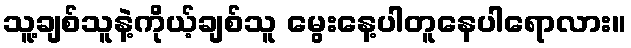
သူ့ချစ်သူနဲ့ကိုယ့်ချစ်သူ မွေးနေ့ပါတူနေပါရောလား။